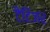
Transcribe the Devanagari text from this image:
टैटिंजर